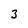
Character: 3